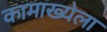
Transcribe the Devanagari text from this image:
कामाख्येला